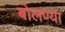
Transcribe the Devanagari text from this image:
बोलण्या